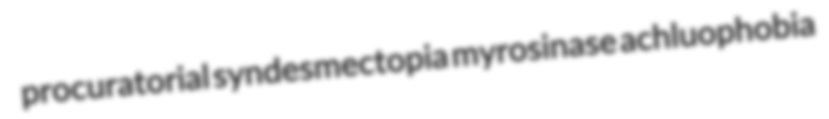
procuratorial syndesmectopia myrosinase achluophobia